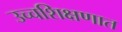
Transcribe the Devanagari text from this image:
उच्चशिक्षणात